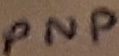
Text: PNP